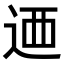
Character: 𨒿